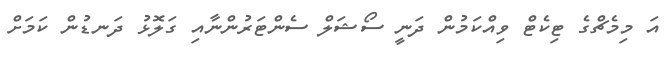
އަ މިމެޗްގެ ޓިކެޓް ވިއްކަމުން ދަނީ ސޯޝަލް ސެންޓަރުންނާއި ގަލޮޅު ދަނޑުން ކަމަށް